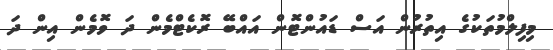
މިފިލްމުތަކުގެ އިތުރުން އަސް ޑައުންޓޮން އައްބޭ ރޮކެޓްމެން ދަ ވޮމެން އިން ދަ